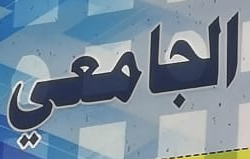
الجامعي